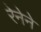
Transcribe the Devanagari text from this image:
रेनेने